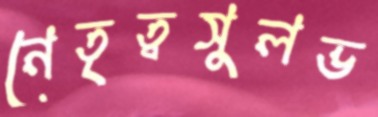
নেতৃত্বসুলভ